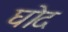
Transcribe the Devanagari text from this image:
घोद